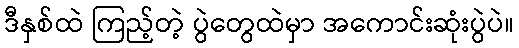
ဒီနှစ်ထဲ ကြည့်တဲ့ ပွဲတွေထဲမှာ အကောင်းဆုံးပွဲပဲ။